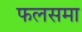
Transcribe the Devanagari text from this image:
फलसमा